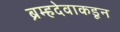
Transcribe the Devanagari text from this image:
ब्रम्हदेवाकडून